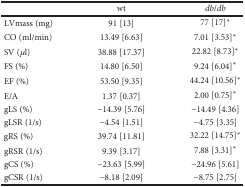
<table><thead><tr><td></td><td><b>wt</b></td><td><b><i>db/db</i></b></td></tr></thead><tbody><tr><td>LVmass (mg)</td><td>91 [13]</td><td>77 [17]<sup>∗</sup></td></tr><tr><td>CO (ml/min)</td><td>13.49 [6.63]</td><td>7.01 [3.53]<sup>∗</sup></td></tr><tr><td>SV (<i>μ</i>l)</td><td>38.88 [17.37]</td><td>22.82 [8.73]<sup>∗</sup></td></tr><tr><td>FS (%)</td><td>14.80 [6.50]</td><td>9.24 [6.04]<sup>∗</sup></td></tr><tr><td>EF (%)</td><td>53.50 [9.35]</td><td>44.24 [10.56]<sup>∗</sup></td></tr><tr><td>E/A</td><td>1.37 [0.37]</td><td>2.00 [0.75]<sup>∗</sup></td></tr><tr><td>gLS (%)</td><td>−14.39 [5.76]</td><td>−14.49 [4.36]</td></tr><tr><td>gLSR (1/s)</td><td>−4.54 [1.51]</td><td>−4.75 [3.35]</td></tr><tr><td>gRS (%)</td><td>39.74 [11.81]</td><td>32.22 [14.75]<sup>∗</sup></td></tr><tr><td>gRSR (1/s)</td><td>9.39 [3.17]</td><td>7.88 [3.31]<sup>∗</sup></td></tr><tr><td>gCS (%)</td><td>−23.63 [5.99]</td><td>−24.96 [5.61]</td></tr><tr><td>gCSR (1/s)</td><td>−8.18 [2.09]</td><td>−8.75 [2.75]</td></tr></tbody></table>